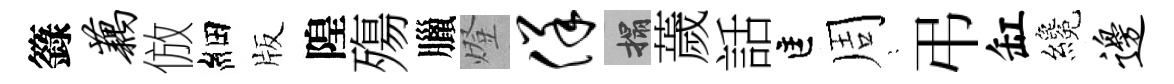
籙藕倣細版隍殤臘燈佯搨薉話匡周隠弔缸纔边